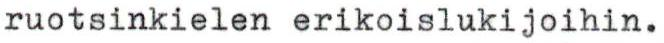
ruotsinkielen erikoislukijoihin.